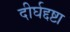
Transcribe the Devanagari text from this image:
दीर्घद्दष्टा